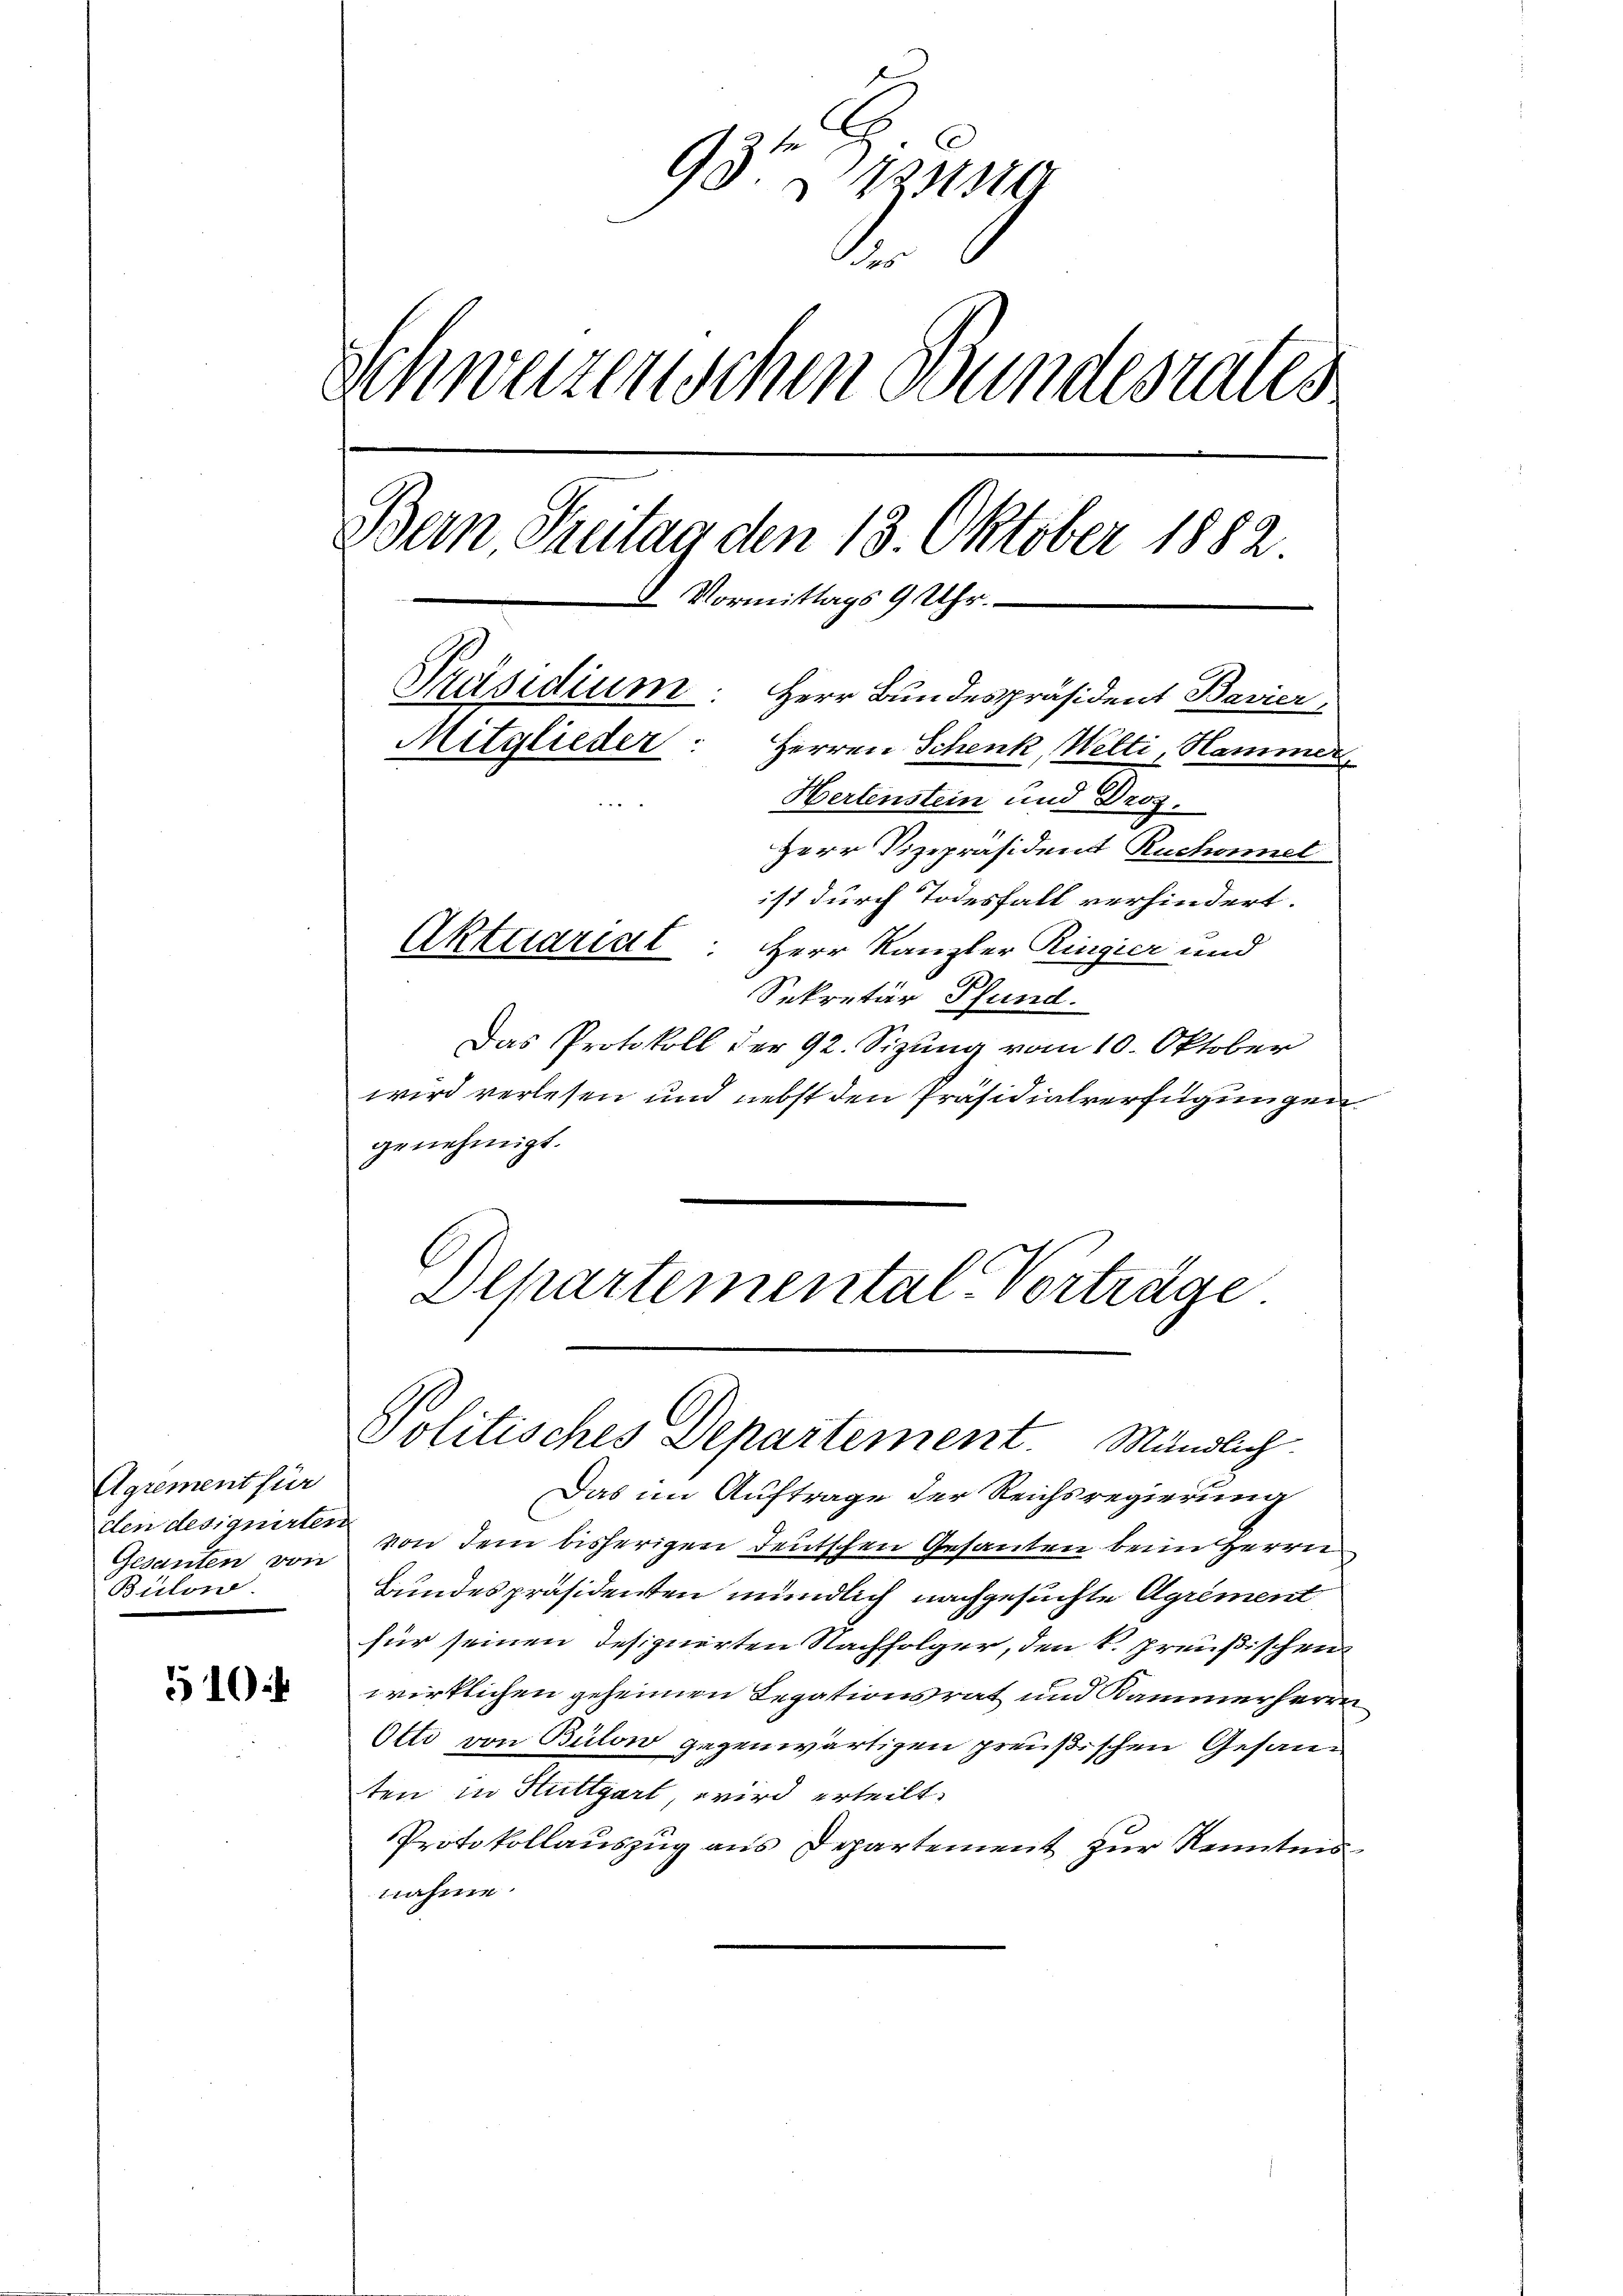
Agrement für
Gesanten von
Bulon

510

93te 419
.
Schweizerischen Bundesrates
Bern, Treitag den 13. Oktober 1882
5 Vormittags 9 Uhr.
Präsidium. Herr Bundespräsident Bavier,
Mitglieder
Herren Schenk, Wetti, Hammer,
Hertenstein und Droz.
Herr Vizepräsident Ruchornel
ist durch Todesfall verhindert.
Aktuariat: Herr Kanzler Ringier und

Sekretär Pfund.
Das Protokoll der 92. Sizung vom 10. Oktober
wird verlesen und nebst den Präsidialverfügungen
genehmigt.

Departemental-Vorträge
Politisches Departement. Mändlich

Das im Auftrage der Reichsregierung
den designirten von dem bisherigen deutschen Gesanten beim Herrn
Bundespräsidenten mündlich nachgesuchte Agrément
für seinen desizuirten Nachfolger, den k. preußischen
wirklichen geheimen Legationsrat und Kammerherrn
Otti von Bülow gegenwärtigen preußischen Gesanten in Stuttgart, wird erteilt.
Protokollauszug aus Departement zur Kenntni
nahme.